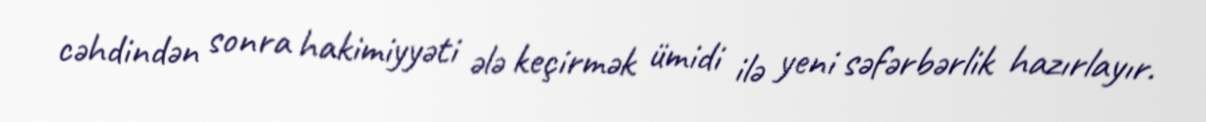
cəhdindən sonra hakimiyyəti ələ keçirmək ümidi ilə yeni səfərbərlik hazırlayır.